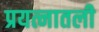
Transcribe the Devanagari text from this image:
प्रयत्नातली